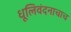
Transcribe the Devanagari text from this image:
धूलिवंदनाचाच